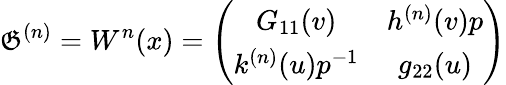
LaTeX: \mathfrak{G}^{(n)}=W^{n}(x)=\left(\begin{array}{cc}{{G_{11}(v)}}&{{h^{(n)}(v)p}}\\ {{k^{(n)}(u)p^{-1}}}&{{g_{22}(u)}}\end{array}\right)